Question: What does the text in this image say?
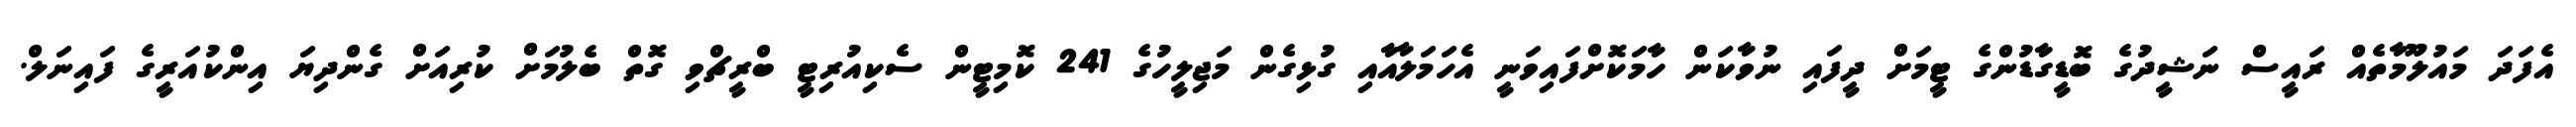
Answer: އެފަދަ މައުލޫމާތެއް ރައީސް ނަޝީދުގެ ބޮޑީގާޑުންގެ ޓީމަށް ދީފައި ނުވާކަން ހާމަކޮށްފައިވަނީ އެހަމަލާއާއި ގުޅިގެން މަޖިލީހުގެ 241 ކޮމިޓީން ސެކިއުރިޓީ ބްރީޗްވި ގޮތް ބެލުމަށް ކުރިއަށް ގެންދިޔަ އިންކުއަރީގެ ފައިނަލް.